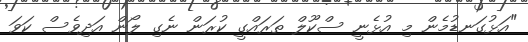
"އަޅުގަނޑުމެން މި އުޅެނީ ސްކޫލް ތަރައްގީ ކުރަން ނެގި ލޯން އަދިވެސް ކަވަ